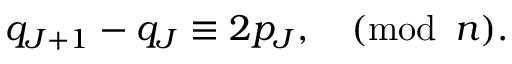
q _ { J + 1 } - q _ { J } \equiv 2 p _ { J } , \quad ( \mathrm { m o d } \, \, \, n ) .